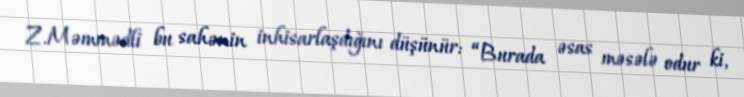
Z.Məmmədli bu sahənin inhisarlaşdığını düşünür: “Burada əsas məsələ odur ki,